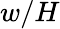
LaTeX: w/H